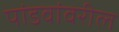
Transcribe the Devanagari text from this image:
पांडवांवरील